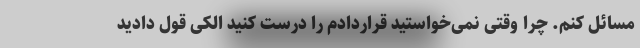
مسائل کنم. چرا وقتی نمی‌خواستید قراردادم را درست کنید الکی قول دادید